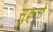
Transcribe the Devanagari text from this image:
सुक्र्तो